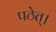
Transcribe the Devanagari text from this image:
पठेत्‌।